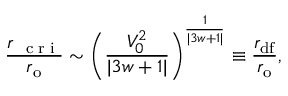
\frac { r _ { \mathrm { ~ \scriptsize ~ c ~ r ~ i ~ } } } { r _ { \mathrm { { o } } } } \sim \Bigg ( \frac { V _ { 0 } ^ { 2 } } { | 3 w + 1 | } \Bigg ) ^ { \frac { 1 } { | 3 w + 1 | } } \equiv \frac { r _ { \mathrm { { \scriptsize d f } } } } { r _ { \mathrm { { o } } } } ,